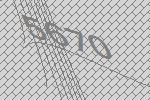
5670